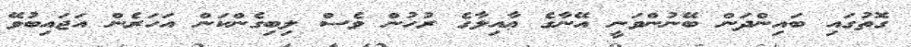
ގޮތުގައި ބައިންދަން ބޭނުންވަނީ އޭނާގެ ޢާއިލާގެ ރުހުން ވެސް ލިބިގެންކަން އަހަރެން އަޖައިބުވޭ